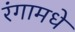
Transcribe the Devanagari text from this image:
रंगामधे